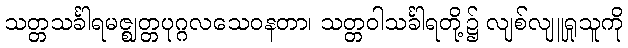
သတ္တသင်္ခါရမဇ္ဈတ္တပုဂ္ဂလသေဝနတာ၊ သတ္တဝါသင်္ခါရတို့၌ လျစ်လျူရှုသူကို